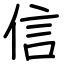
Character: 信